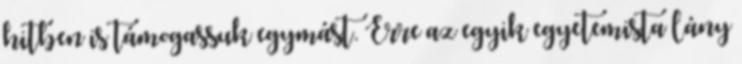
hitben is támogassuk egymást. Erre az egyik egyetemista lány